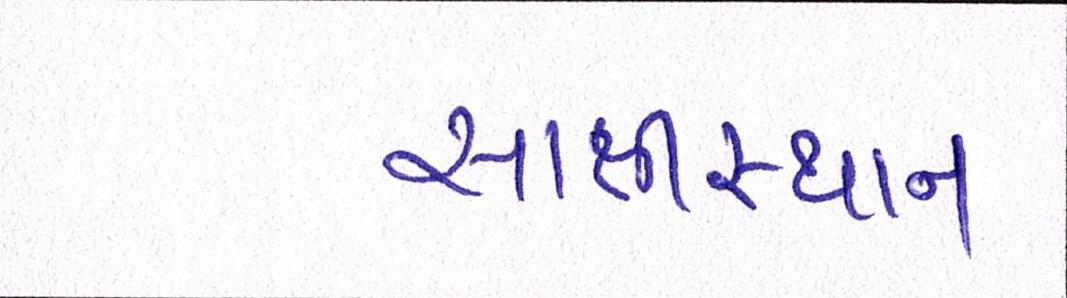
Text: સાક્ષીસ્થાન